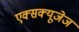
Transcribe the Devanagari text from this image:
एक्सक्यूजेज